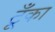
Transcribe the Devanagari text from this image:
टूँका